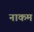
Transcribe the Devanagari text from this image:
नाकम